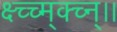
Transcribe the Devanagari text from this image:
क्ष्च्च्म्क्च्न्।।